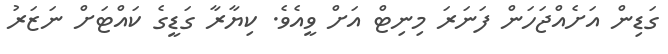
ގަޑިން އަށެއްޖަހަން ފަނަރަ މިނިޓް އަށް ވީއެވެ. ކިޔާރާ ގަޑީގެ ކައްޓަށް ނަޒަރު